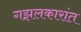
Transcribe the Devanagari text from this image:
गझलकारांत